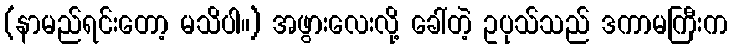
(နာမည်ရင်းတော့ မသိပါ။) အဖွားလေးလို့ ခေါ်တဲ့ ဥပုသ်သည် ဒကာမကြီးက